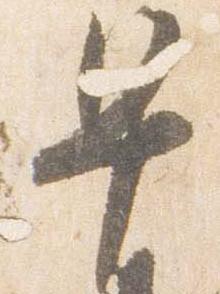
早